Document type: Emphyteutic lease
Year: 1316
Scribe: Berenguer de Vallseca
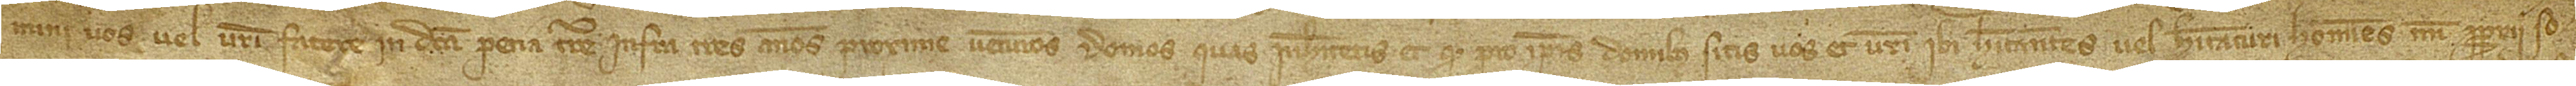
mini vos vel vestri facere in dicta pecia terre infra tres annos proxime venturos domos quas inhabitetis, et quod pro ipsis domibus sitis vos et vestri ibi habitantes vel habitaturi homines mei proprii, so-